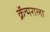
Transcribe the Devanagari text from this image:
क्रॅन्मराला